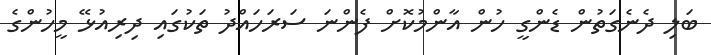
ބަލި ދެނެގަތުން ޑެންގީ ހުން އާންމުކޮށް ފެންނަ ސަރަހައްދު ތަކުގައި ދިރިއުޅޭ މީހުންގެ